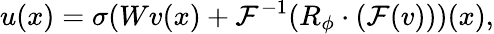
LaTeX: u(x)=\sigma(Wv(x)+\mathcal{F}^{-1}(R_{\phi}\cdot(\mathcal{F}(v)))(x),